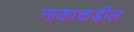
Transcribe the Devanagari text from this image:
नाकाकडील